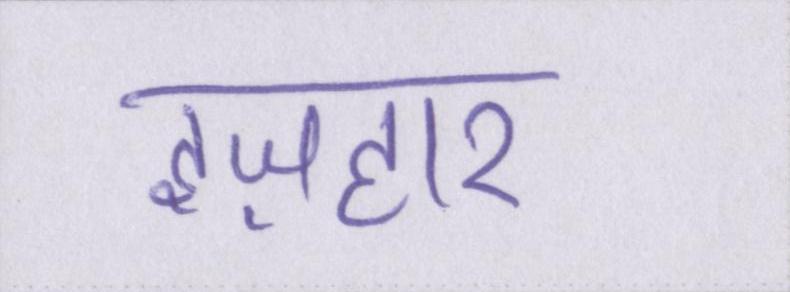
इज़हार